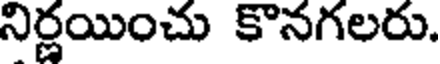
నిర్ణయించు కొనగలరు.